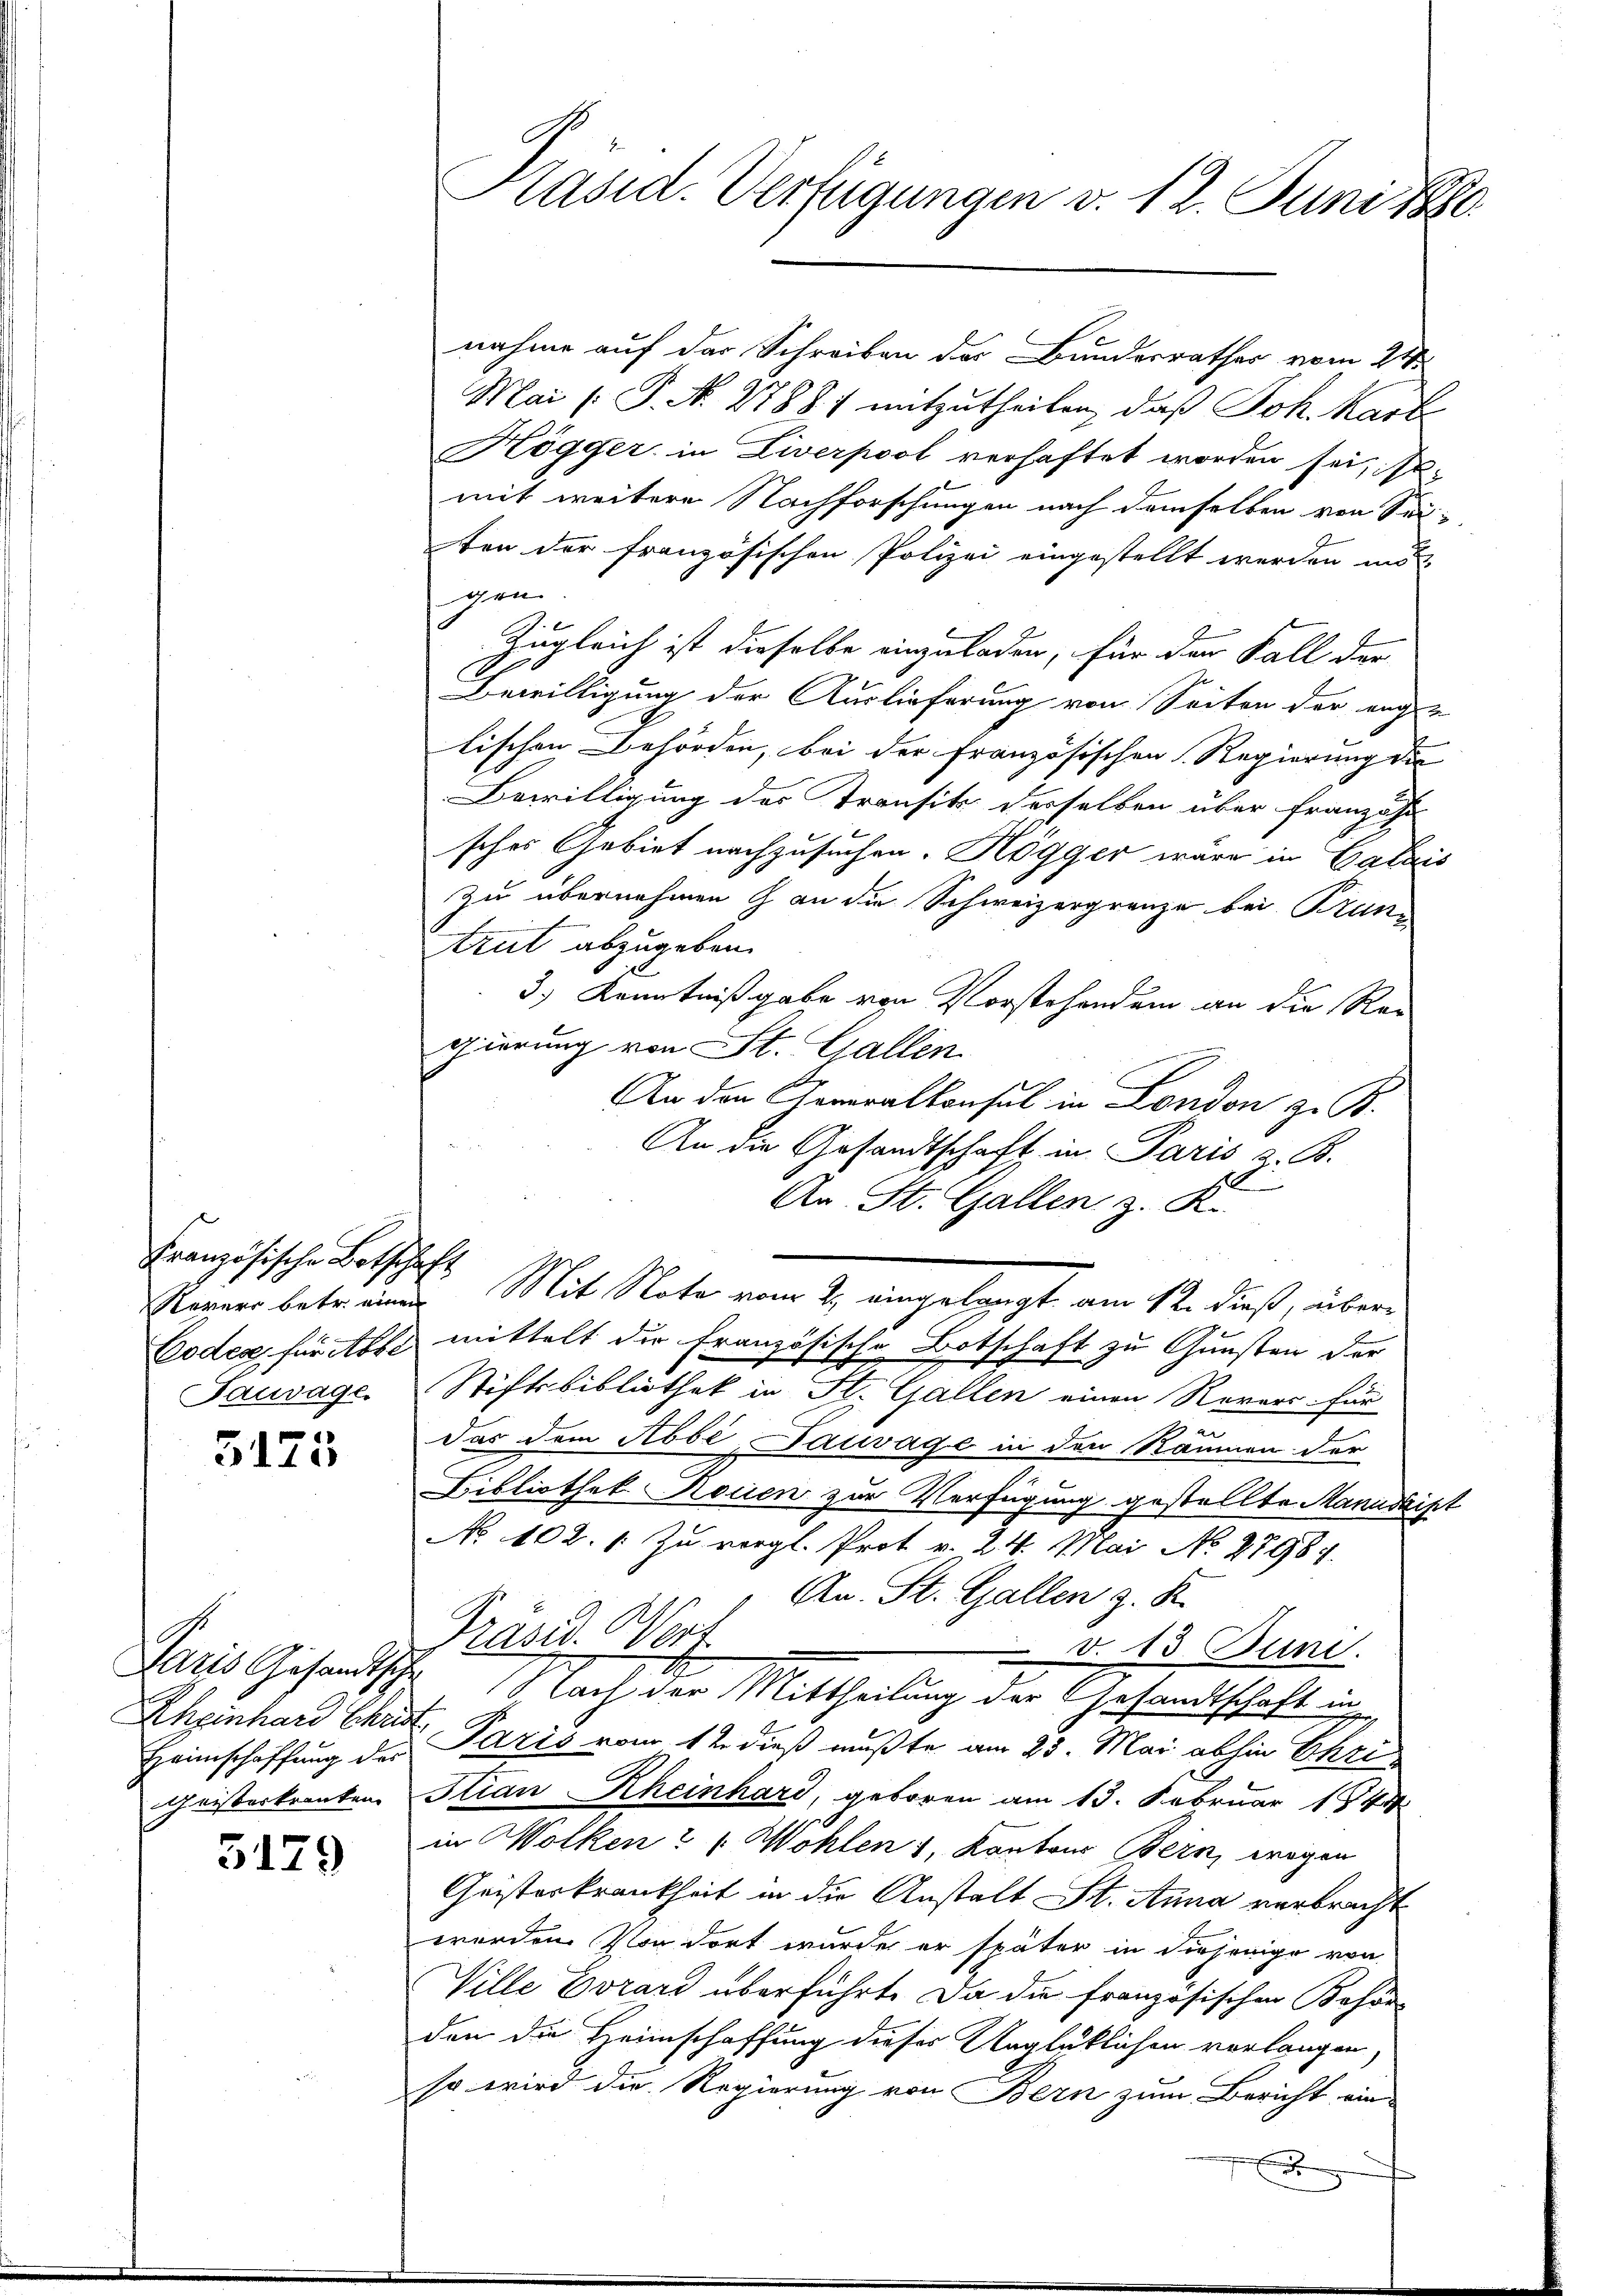
Französische Botschaft

5173

Rheinhard Christ

3179

nahme auf der Schreiben der Bundesrathes vom 24.
Mai [P. N. 27887 mitzutheilen, daß Joh. Kart
Högger in Liverpool verhaftet worden sei, se
mit weitere Nachforschungen nach demselben von Seiten der französischen Polizei eingestellt werden ins
gen
Zugleich ist dieselbe einzuladen, für den Fall der
Bewilligung der Auslieferung von Seiten der enger
lischen Behörden, bei der Französischen Regierung der
Bewilligung des Transit derselben über französi
sches Gebiet nachzusuchen. Kögger wäre in Calais
zu übernehmen & an die Schweizergränze bei Brun¬
Arut abzugeben.
3) Kenntnißgabe von Vorstehendem an die Re-
gierung von St. Gallen
An den Generalkonsul in London z. B.
An die Gesandtschaft in Paris, z. B.
An St. Gallen z. K.
Ragner betreuen Mit Note vom 2. angelangt, am 12. dieß, über¬
Codex für Abs mittelt die Französische Botschaft zu Gunsten der
Sauwage Stiftsbibliothek in St. Gallen einen Revers für
u
das dem Abbe Pativage in den Räumen der
Bibliothek Reisen zur Verfügung gestellte Manudlist
No 102. 1. Zu vergl. Prot v. 24. Mai No 47984.
An. St. Gallen z. K.
Präsid. Worf.
 v. 13. Juni.
Paris Gesandtsche Nach der Mittheilung der Gesandtschaft in
Heimschaffung des Pazis vom 12. dieß mußte am 25. Mai abhin Ekzi
Geisterkranken. Stian Rheinhard, geboren am 13. Februar 1844
in Wolken ?   Wohlen u, Kantons Bern, wegen
Geisterkrankheit in die Anstalt St. Anna verbracht
werden. Von dort wurde er später in diejenige von
Ville Evrard überführt. Da die französischen Behör
den die Heimschaffung dieser Unglüklichen verlangen,
so wird die Regierung von Bern zum Bericht ein-
.

Präsid. Verfügungen d. 12. Juni 1880.